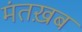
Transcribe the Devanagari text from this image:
मंतख़ब